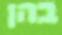
בהן